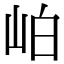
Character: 岶